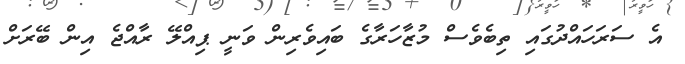
އެ ސަރަހައްދުގައި ތިބެވެސް މުޒާހަރާގެ ބައިވެރިން ވަނީ ޕިއްލޭ ރާއްޖެ އިން ބޭރަށް